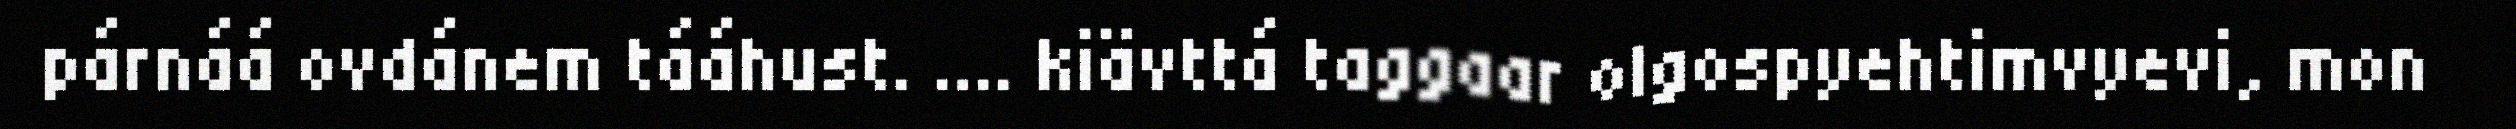
párnáá ovdánem tááhust. …. kiävttá taggaar olgospyehtimvyevi, mon